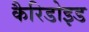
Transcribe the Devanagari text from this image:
कैरिडोइड